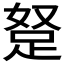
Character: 𮛖